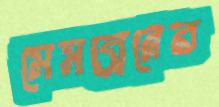
মেমব্রেনের